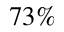
7 3 \%